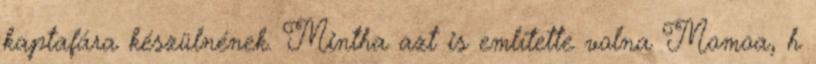
kaptafára készülnének. Mintha azt is említette volna Momoa, h